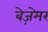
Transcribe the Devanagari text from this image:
बेज़ेमर